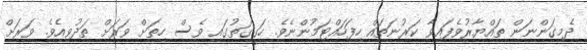
ދެމިގަންނަން ތައްޔާރުވެފައިވާ ކަރުނަތައް ހިފަހައްޓަމުންނެވެ. ހަގީގަތުގައި ވެސް ހިތަށް ވަރަށް ތަދުވިއެވެ. ވަރަށް